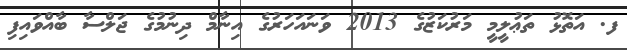
ފ. އަތޮޅު ތަޢުލީމީ މަރުކަޒުގެ 2013 ވަނައަހަރުގެ އިނާމް ދިނުމުގެ ޖަލްސާ ބާއްވައިފި